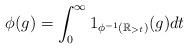
LaTeX: \begin{align*} \phi (g) = \int_{0}^{\infty} 1_{\phi^{-1} (\mathbb{R}_{> t})} (g) dt \end{align*}